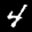
Label: 4